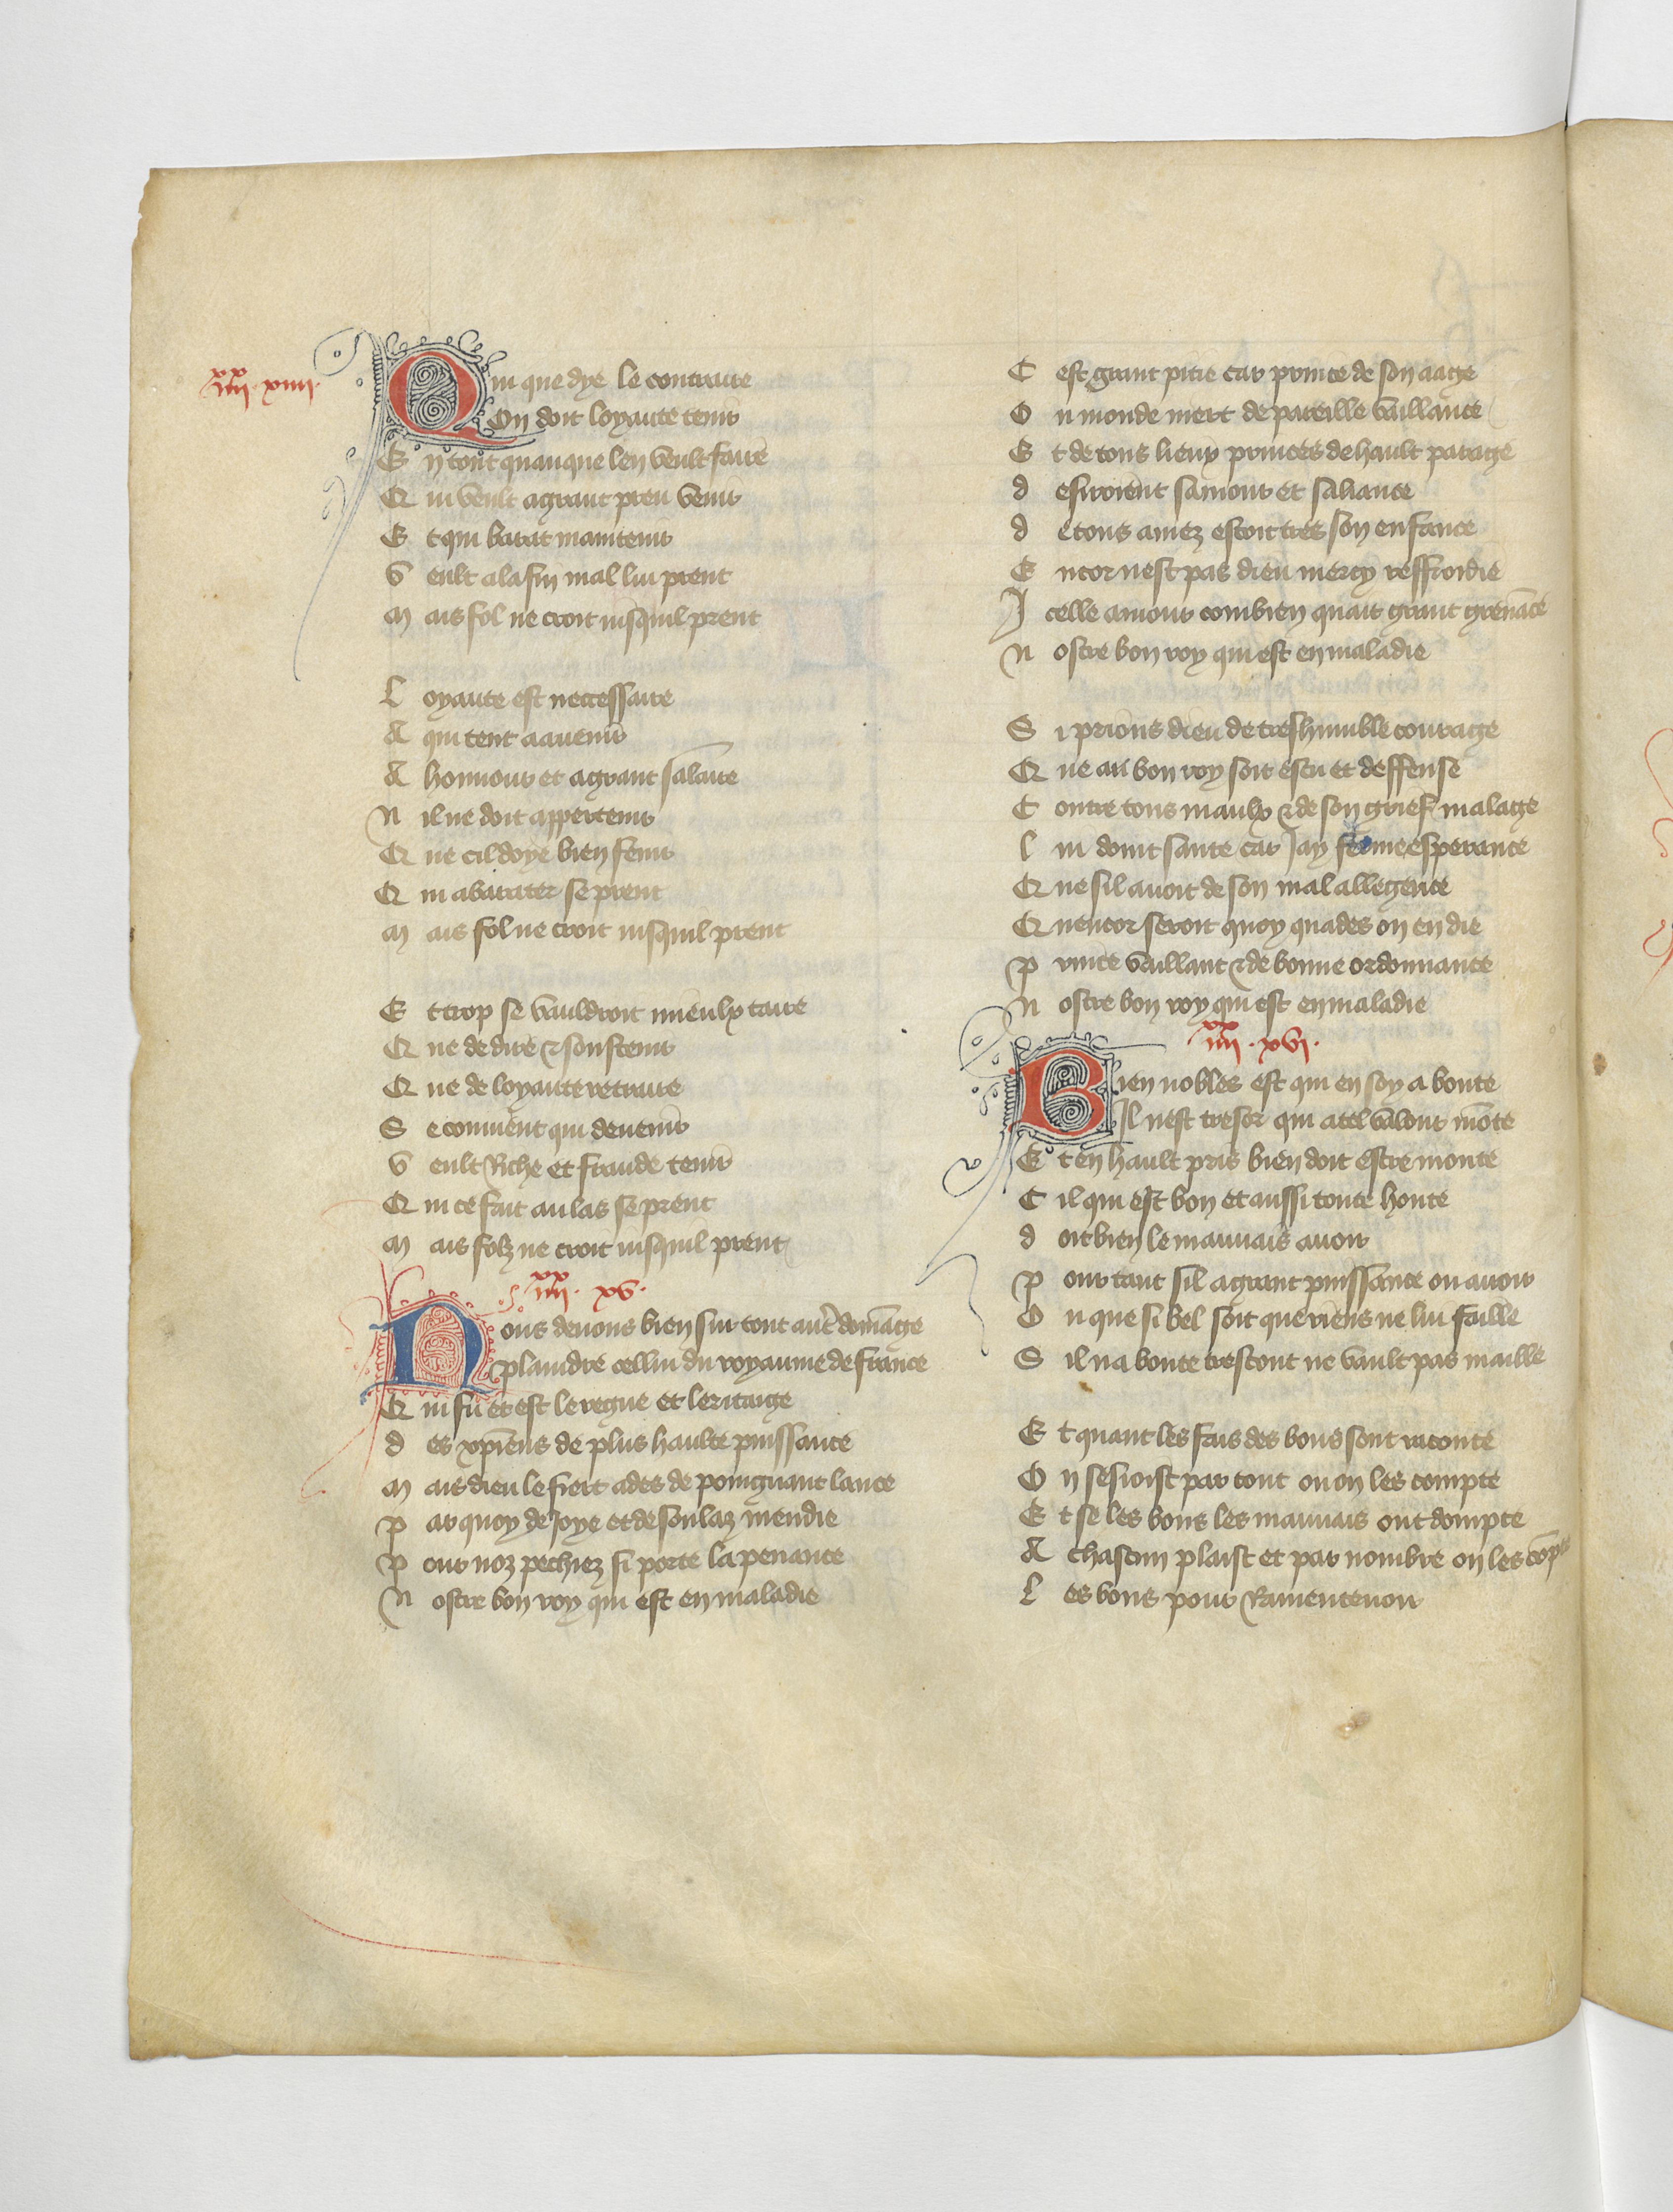
Shelfmark: Paris, BnF, fr. 12779
Century: 15